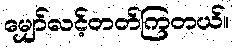
မျှော်လင့်တတ်ကြတယ်။